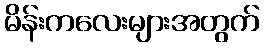
မိန်းကလေးများအတွက်